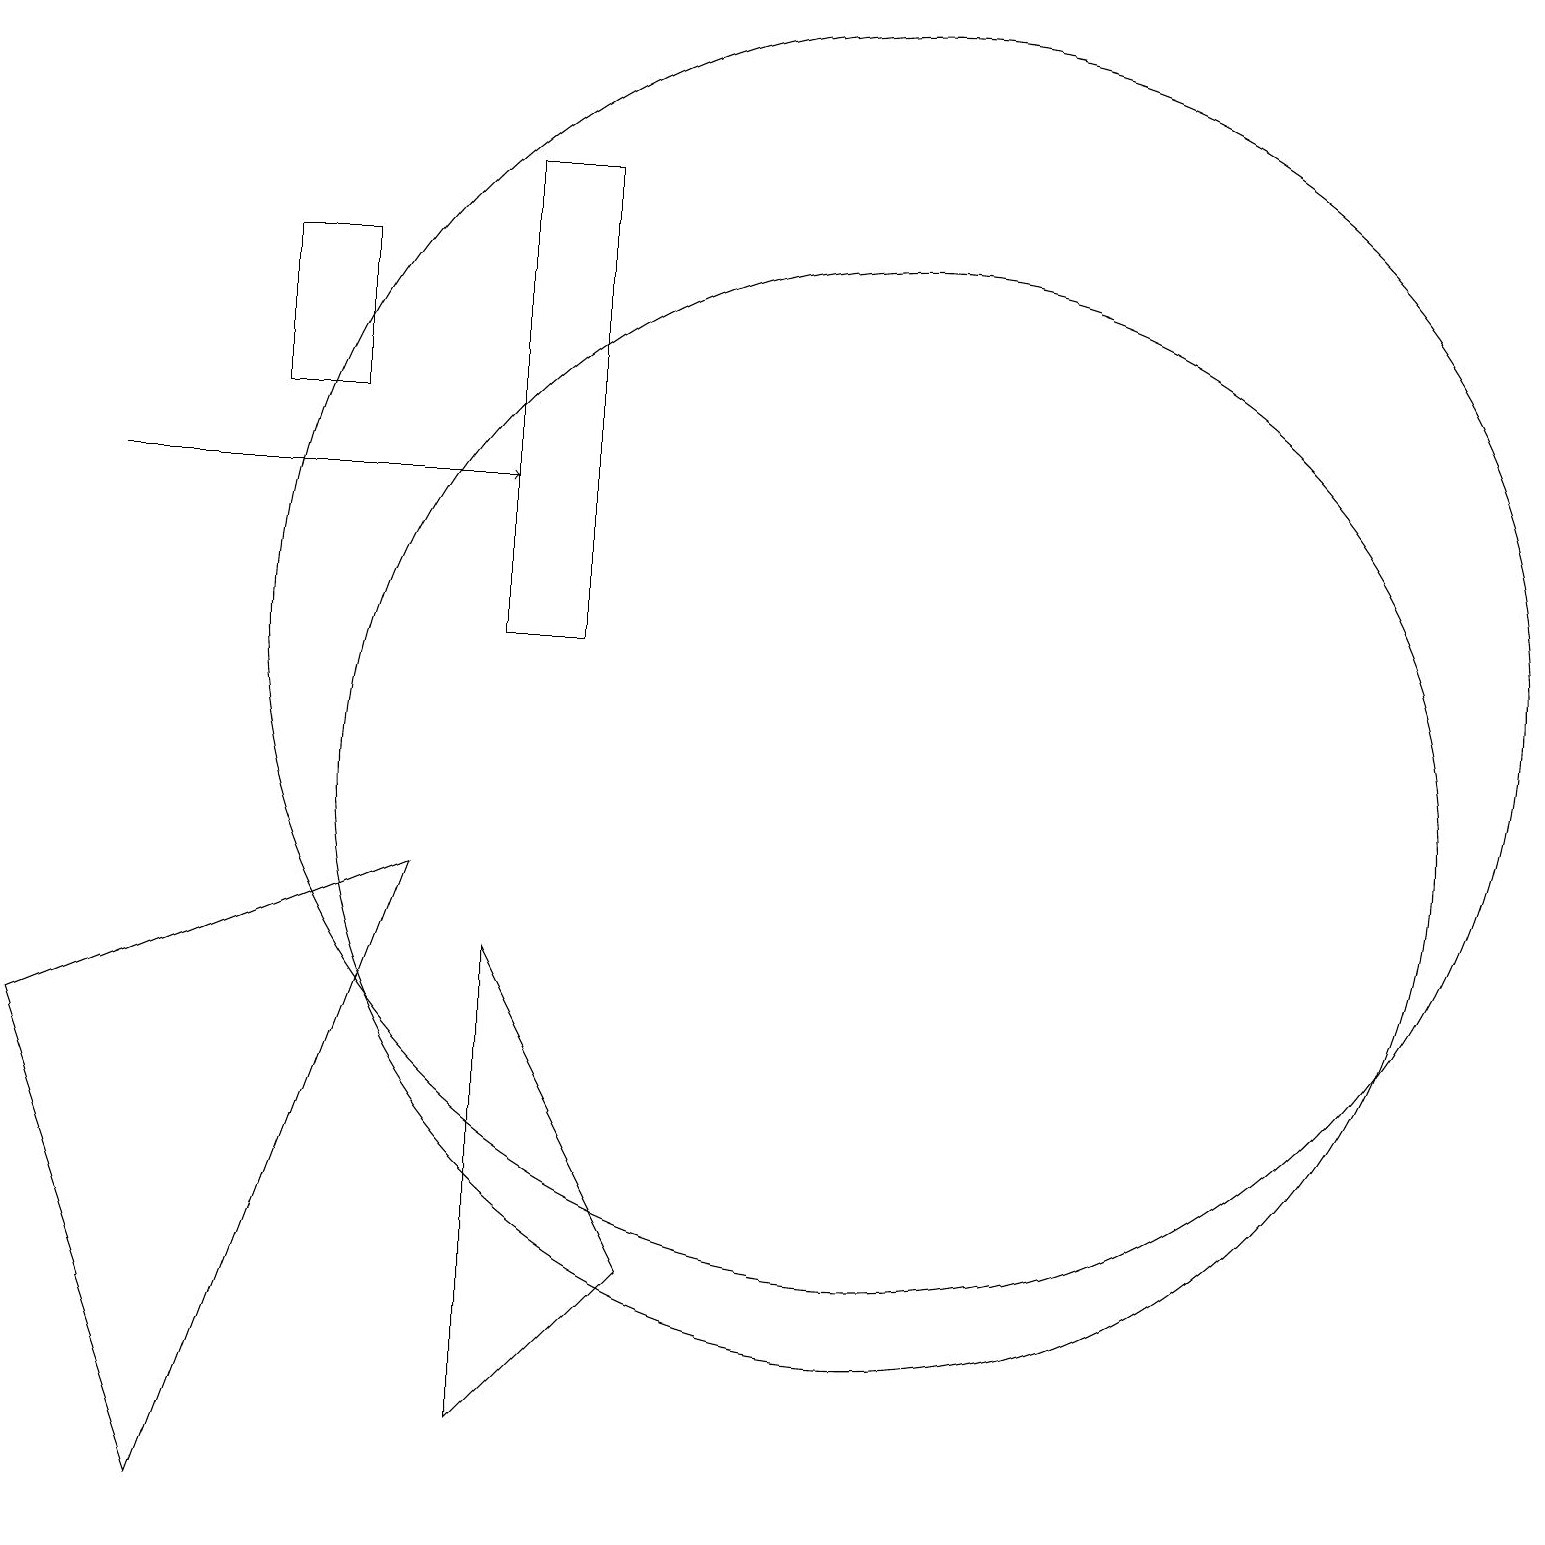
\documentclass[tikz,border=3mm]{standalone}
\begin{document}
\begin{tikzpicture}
\draw (5,9) -- (2,1) -- (0,7) -- cycle;
\draw (11,10) circle (7);
\draw (4,15) rectangle (3,17);
\draw[->] (1,14) -- (6,14);
\draw (6,12) rectangle (7,18);
\draw (8,4) -- (6,8) -- (6,2) -- cycle;
\draw (11,12) circle (8);
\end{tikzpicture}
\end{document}